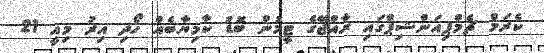
ކެރަމް ޗެމްޕިއަންޝިޕްގައި ރާއްޖޭގެ ޓީމުން ބޮޑު ކާމިޔާބެއް ހޯދި އިރު މިއީ 21